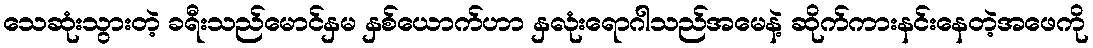
သေဆုံးသွားတဲ့ ခရီးသည်မောင်နှမ နှစ်ယောက်ဟာ နှလုံးရောဂါသည်အမေနဲ့ ဆိုက်ကားနင်းနေတဲ့အဖေကို